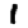
Digit: 1